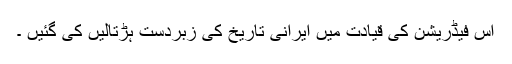
اس فیڈریشن کی قیادت میں ایرانی تاریخ کی زبردست ہڑتالیں کی گئیں ۔